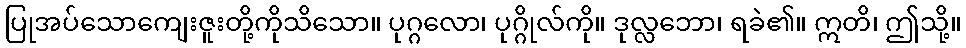
ပြုအပ်သောကျေးဇူးတို့ကိုသိသော။ ပုဂ္ဂလော၊ ပုဂ္ဂိုလ်ကို။ ဒုလ္လဘော၊ ရခဲ၏။ ဣတိ၊ ဤသို့။